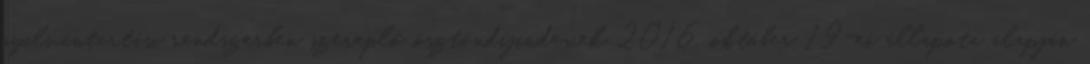
nyilvántartási rendszerben szereplő ösztöndíjindexek 2016. október 19-ei állapota alapján